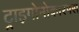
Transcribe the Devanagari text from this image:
ट्राइगोनोकारपस